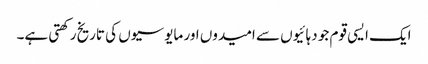
ایک ایسی قوم جو دہائیوں سے امیدوں اور مایوسیوں کی تاریخ رکھتی ہے۔